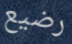
رضيع